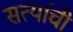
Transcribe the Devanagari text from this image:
सत्यांची